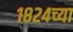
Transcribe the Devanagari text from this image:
१८२४च्या